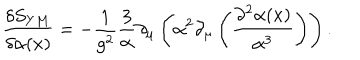
\frac { \delta S _ { Y M } } { \delta \alpha ( x ) } = - \frac { 1 } { g ^ { 2 } } \frac { 3 } { \alpha } \partial _ { \mu } \left( \alpha ^ { 2 } \partial _ { \mu } \left( \frac { \partial ^ { 2 } \alpha ( x ) } { \alpha ^ { 3 } } \right) \right) .